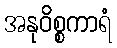
အနုဝိစ္စကာရံ